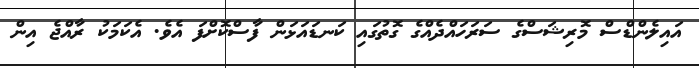
އައިލެންޑްސް މޮރިޝަސްގެ ސަރަހައްދެއްގެ ގޮތުގައި ކަނޑައަޅަން ފާސްކޮށްފަ އެވެ. އެކަމަކު ރާއްޖެ އިން